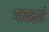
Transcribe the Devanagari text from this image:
गावमधे